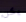
يكن